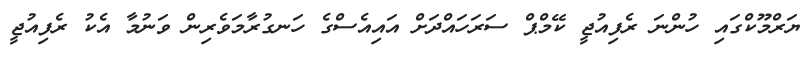
ޔަރްމޫކްގައި ހުންނަ ރެފިއުޖީ ކޭމްޕް ސަރަހައްދަށް އައިއެސްގެ ހަނގުރާމަވެރިން ވަނުމާ އެކު ރެފިއުޖީ